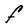
Character: F